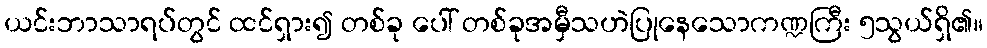
ယင်းဘာသာရပ်တွင် ထင်ရှား၍ တစ်ခု ပေါ် တစ်ခုအမှီသဟဲပြုနေသောကဏ္ဍကြီး ၅သွယ်ရှိ၏။